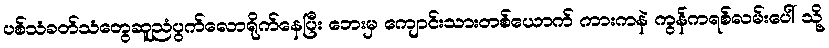
ပစ်သံခတ်သံတွေဆူညံပွက်လောရိုက်နေပြီး ဘေးမှ ကျောင်းသားတစ်ယောက် ကားကနဲ ကွန်ကရစ်လမ်းပေါ် သို့